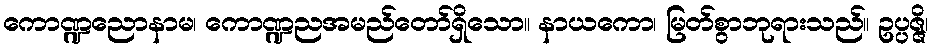
ကောဏ္ဍညောနာမ၊ ကောဏ္ဍညအမည်တော်ရှိသော။ နာယကော၊ မြတ်စွာဘုရားသည်။ ဥပ္ပဇ္ဇိ၊